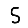
Digit: 5